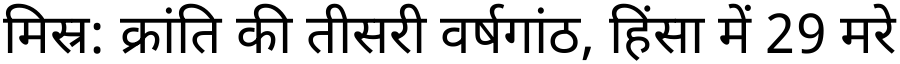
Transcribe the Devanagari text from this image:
मिस्र: क्रांति की तीसरी वर्षगांठ, हिंसा में 29 मरे